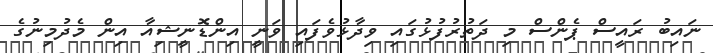
ނައިބު ރައީސް ޕެންސް މި ދަތުރުފުޅުގައި ވިދާޅުވެފައި ވަނީ އިންޑޮނީޝިއާ އިން މެދުމިނުގެ